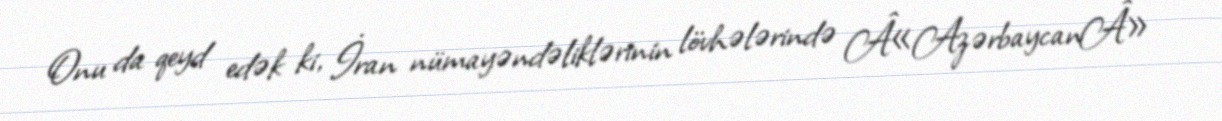
Onu da qeyd edək ki, İran nümayəndəliklərinin lövhələrində Â«AzərbaycanÂ»